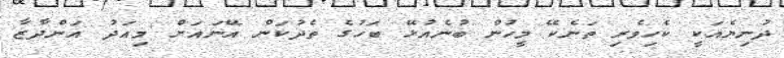
ދުނިޔެއަކީ ކެހިވެރި ތަނެކޭ މީހުން ބުނެއުޅޭ ބަހުގެ ތެދުކަން އޭނައަށް މިއަދު އަންދާޒާ